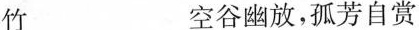
竹 空谷幽放，孤芳自赏菊